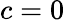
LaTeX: c=0